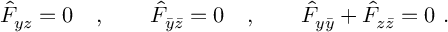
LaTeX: \hat { F } _ { y z } = 0 \quad , \qquad \hat { F } _ { \bar { y } \bar { z } } = 0 \quad , \qquad \hat { F } _ { y \bar { y } } + \hat { F } _ { z \bar { z } } = 0 \ .